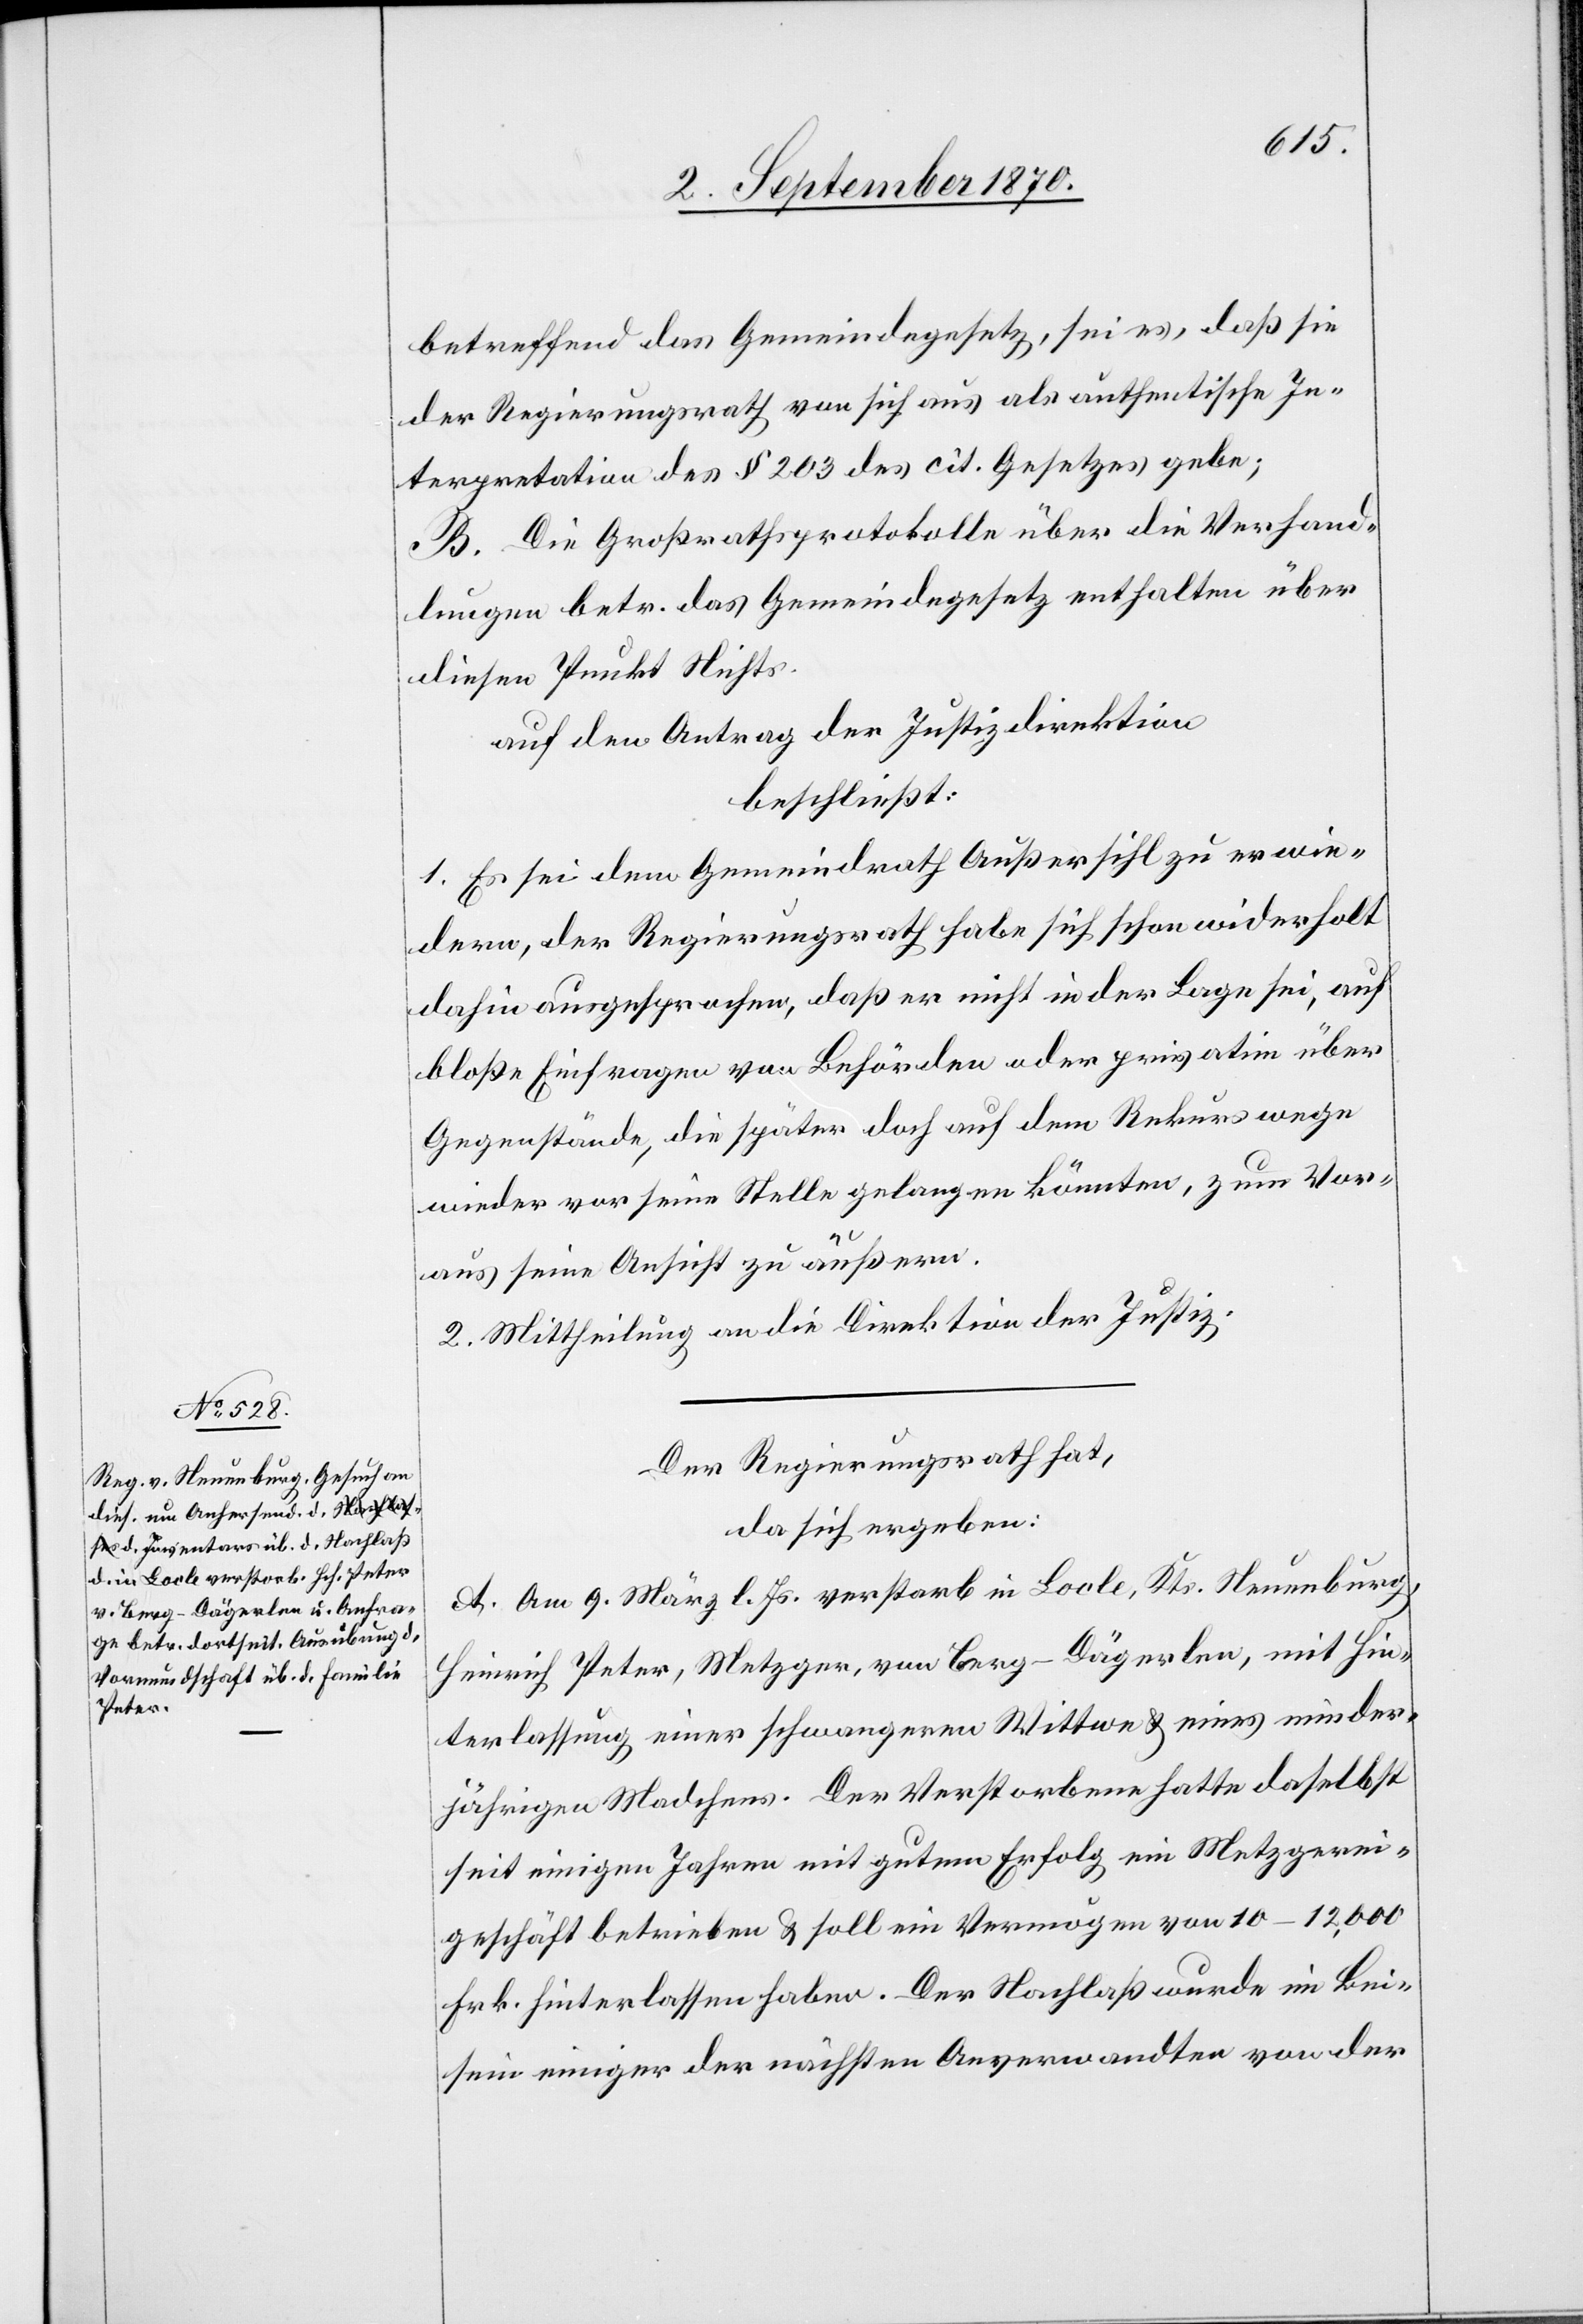
aus
betreffend das Gemeindegesetz, sei es, daß sie
der Regierungsrath von sich aus als authentische In¬
terpretation des § 203 des cit. Gesetzes gebe;
B. Die Großratsprotokolle über die Verhand¬
lungen betr. das Gemeindegesetz enthalten über
diesen Punkt Nichts.
auf den Antrag der Justizdirektion
beschließt:
1. Es sei dem Gemeindrath Außersihl zu erwie¬
dern, der Regierungsrath habe sich schon widerholt
dahin ausgesprochen, daß er nicht in der Lage sei, auf
bloße Einfragen von Behörden oder privatim über
Gegenstände, die später doch auf dem Rekurswege
wieder vor seine Stelle gelangen könnten, zum Vor¬
2. Mittheilung an die Direktion der Justiz:
Der Regierungsrath hat,
da sich ergeben:
A. Am 9. März l. Js. verstarb in Locle, Kts. Neuenburg,
Heinrich Peter, Metzger, von Berg - Dägerlen, mit Hin¬
terlassung einer schwangeren Wittwe & eines minder¬
jährigen Madchens [sic!]. Der Verstorbene hatte daselbst
seit einigen Jahren mit gutem Erfolg ein Metzgerei¬
geschäft betrieben & soll ein Vermögen von 10–12,000
Frk. hinterlassen haben. Der Nachlaß wurde im Bei¬
sein einiger der nächsten Anverwandten von der